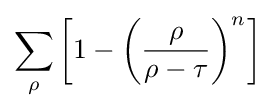
\sum _{\rho }\left[1-\left({\frac {\rho }{\rho -\tau }}\right)^{n}\right]